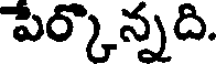
పేర్కొన్నది.